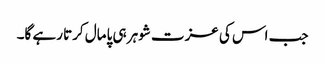
جب اس کی عزت شوہر ہی پامال کرتا رہے گا۔